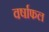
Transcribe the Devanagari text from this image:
वर्षाफल